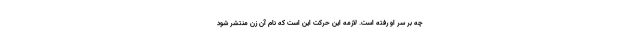
چه بر سر او رفته است. لازمه این حرکت این است که نام آن زن منتشر شود